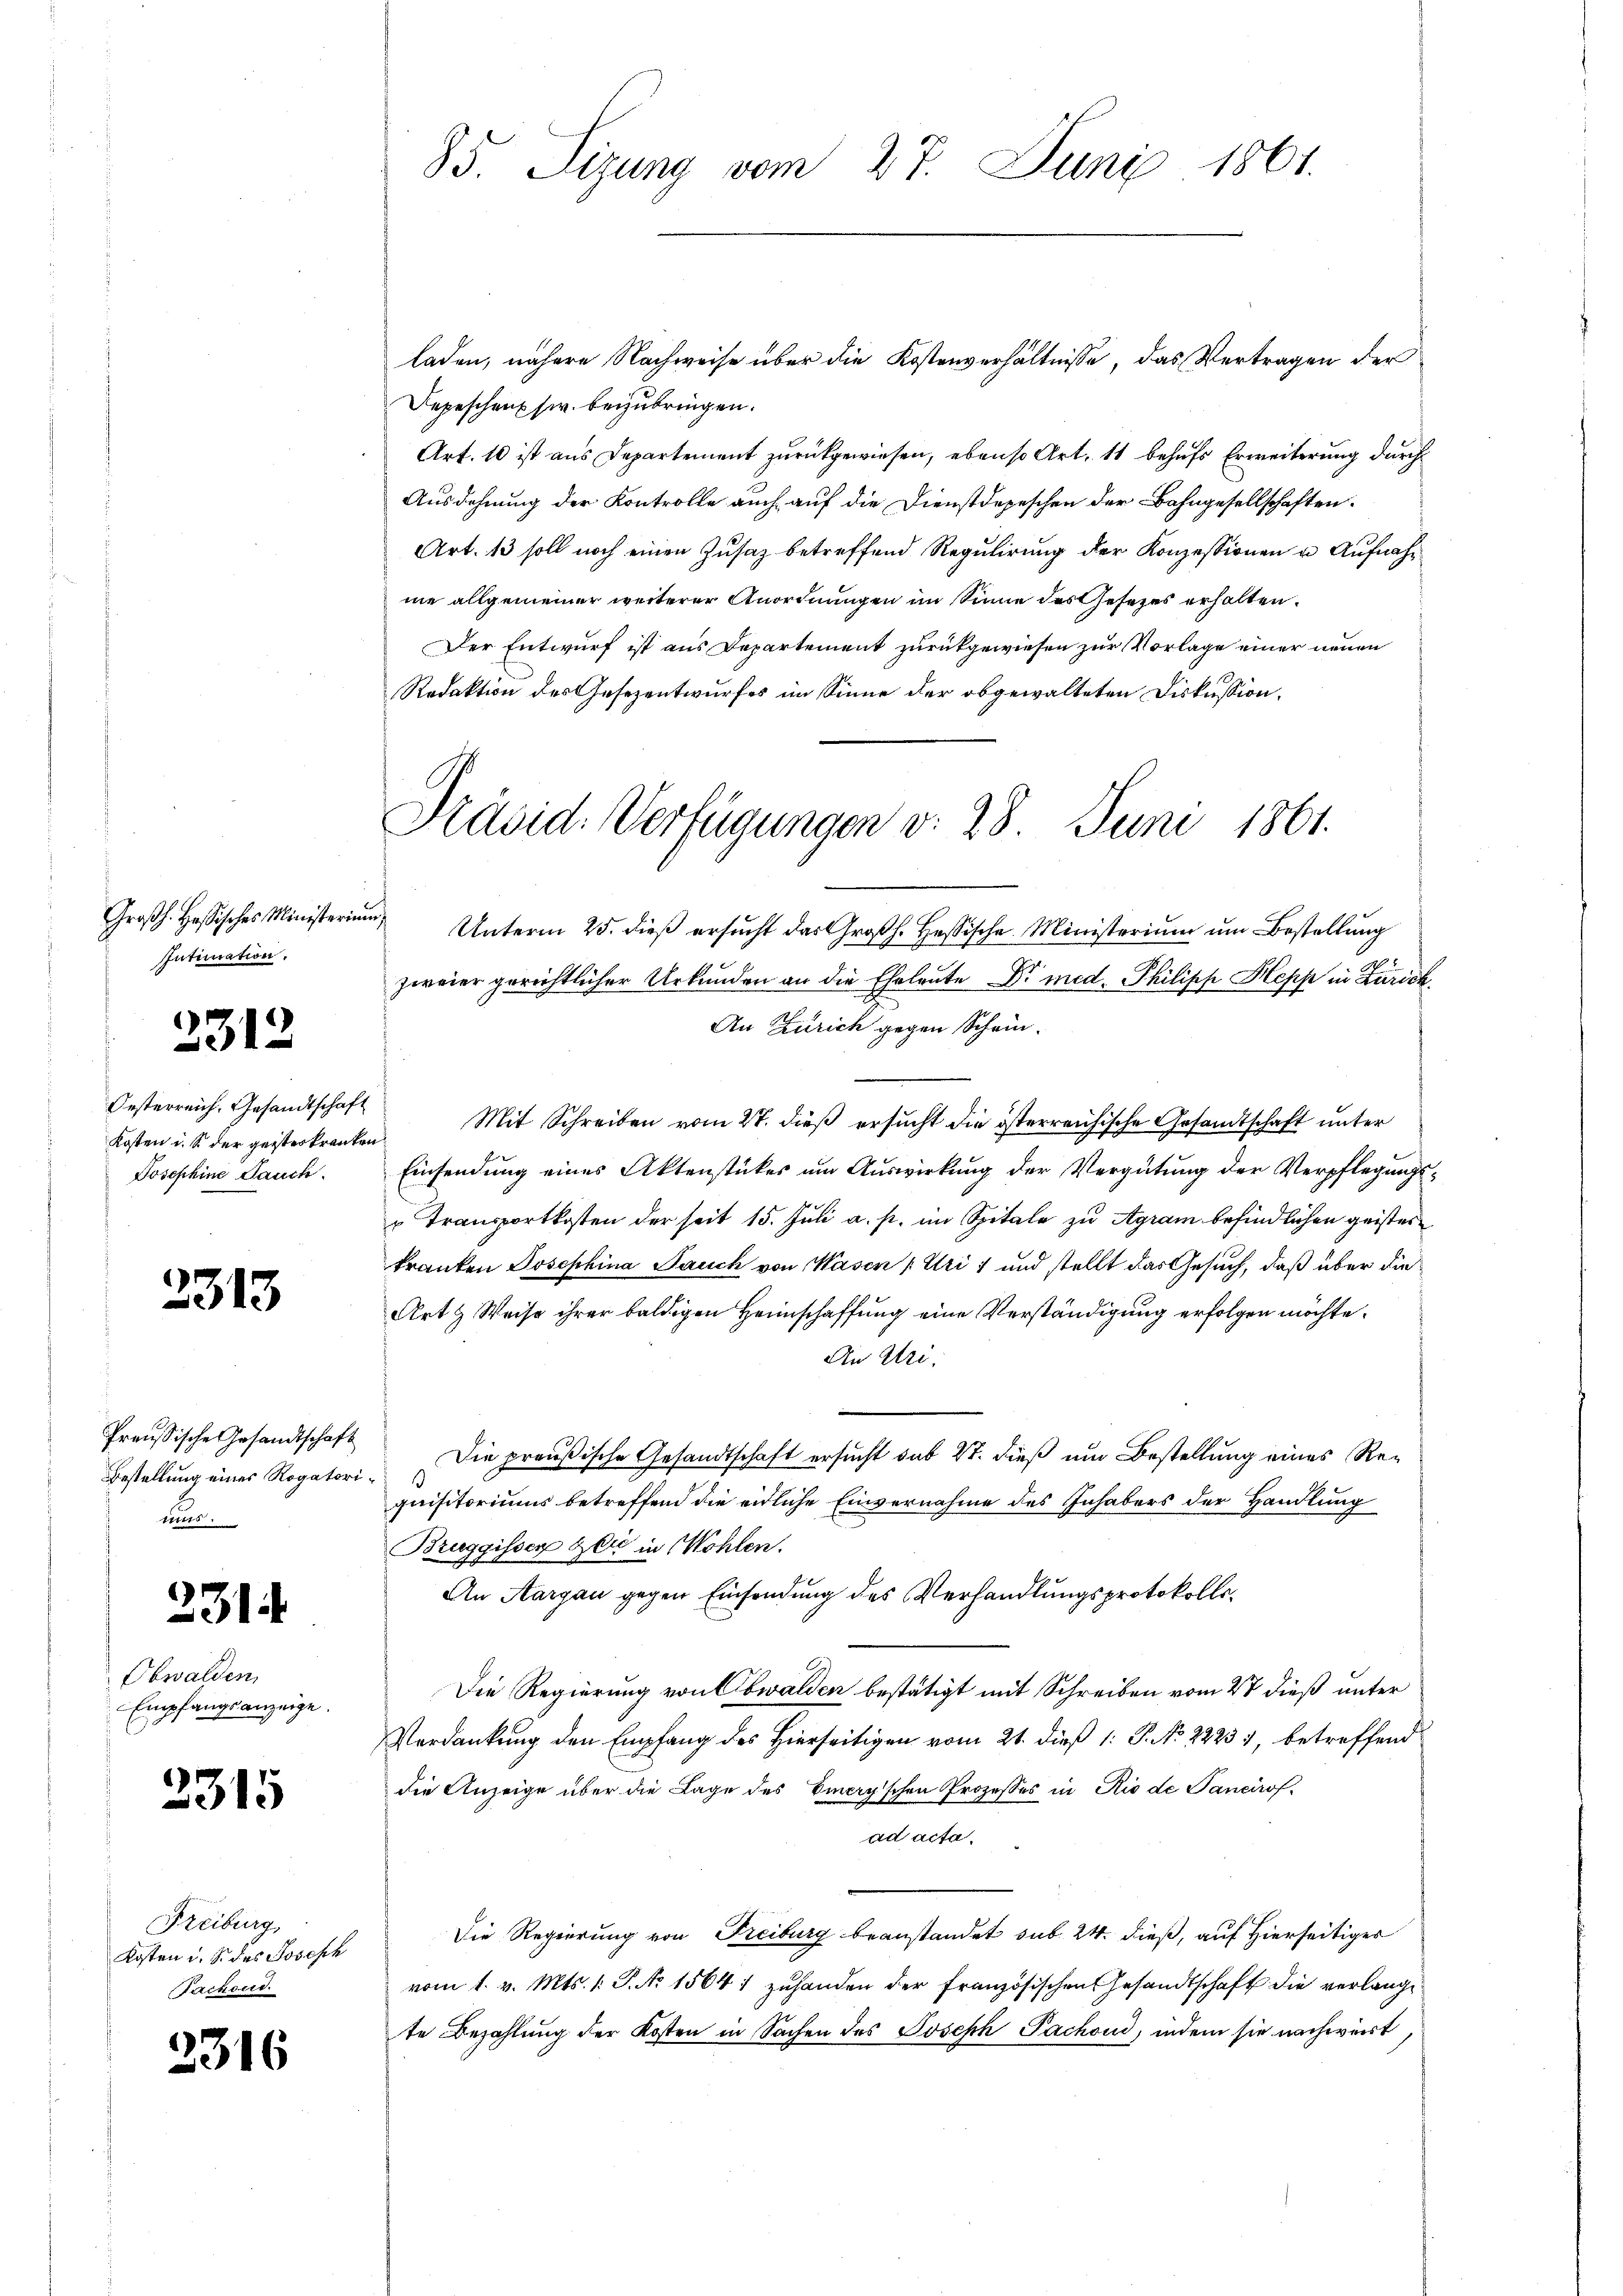
Großh. Hassisches Ministerium,
Intimation.

2312

Oesterreich. Gesandtschaft

2313

Preußische Gesandtschaft
Bestellung eines Rogatori¬
1tes.

231

Obwalden
Empfangsanzeige.

3315

Freiburg
Kosten i. S. des Joseph
Jackond.

2316

85. Sizung vom 27. Juni 1861.

laden, nähere Nachweise über die Kostenverhältnisse, das Vertragen der
Depeschen sr. beizubringen.
Art. 10 ist aus Departement zurückgewiesen, ebenso Art. 11 behufs Erweiterung durch
Ausdehnung der Kontrolle auch auf die Dienstdepeschen der Bahngesellschaften.
Art. 13 soll noch einen Zusatz betreffend Regulirung der Konzessionen u. Aufnahme allgemeiner weiterer Anordnungen im Sinne des Gesezes erhalten.
Der Entwurf ist aus Departement zurückgewiesen zur Vorlage einer neuen
Redaktion des Gesezentwurfes im Sinne der obgewalteten Diskussion,
Unterm 25. dieß ersucht das Großh. Hessische Ministerium um Bestellung
zweier gerichtlicher Urkunden an die Eheleute Dr. med. Philipp Hepp in Zürich¬
An Zürich gegen Schein¬
Kosten u. S. der geisterkranken. Mit Schreiben vom 27. dieß ersucht die österreichische Gesandtschaft unter
Josephine Jauch. Einsendung eines Aktenstückes um Auswirkung der Vergütung der Verpflegungs¬
" Transportkosten der seit 15. Juli a. p. im Spitale zu Agram befindlichen geisterkranken Josephina Jauch von Masen (Uri) und stellt das Gesuch, daß über die
Art & Weise ihrer baldigen Heimschaffung eine Verständigung erfolgen möchte.
An Uri:
Die preußische Gesandtschaft ersucht sub 27. dieß um Bestellung eines Requisitoriums betreffend die eidliche Einvernahme des Inhabers der Handlung
Bruggisser Zeit in Wohlen.
An Aargau gegen Einsendung des Verhandlungsprotokolls¬
Die Regierung von Obwalden bestätigt mit Schreiben vom 27 dieß unter
Verdankung den Empfang des Hierseitigen vom 21. dieß 1: P. No 22231, betreffend
die Anzeige über die Lage des Eincry'schen Prozesses in Rio de Tancirof-
ad acta.
Die Regierung von Freiburg beanstandet sub. 24. dieß, auf Hierseitiger
vom 1. v. Mts. 1. P. No 1564 zuhanden der französischen Gesandtschaft die verlange
te Bezahlung der Kosten in Sachen des Joseph Pachoud, indem sie nachwert,

Präsid. Verfügungen v. 28. Juni 1861.